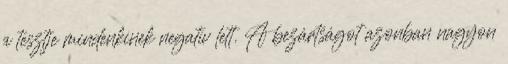
a tesztje mindenkinek negatív lett. A bezártságot azonban nagyon